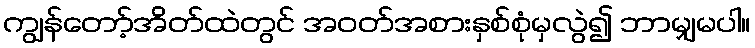
ကျွန်တော့်အိတ်ထဲတွင် အဝတ်အစားနှစ်စုံမှလွဲ၍ ဘာမျှမပါ။